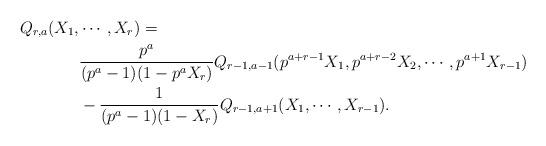
LaTeX: \begin{align*} Q_{r,a}(X_1,&\cdots,X_r) = \\ &\frac{p^a}{(p^a-1)(1-p^aX_r)} Q_{r-1,a-1}(p^{a+r-1}X_1,p^{a+r-2}X_2,\cdots,p^{a+1}X_{r-1}) \\&- \frac{1}{(p^a-1)(1-X_r)} Q_{r-1,a+1}(X_1,\cdots,X_{r-1}).\end{align*}